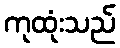
ကုထုံးသည်